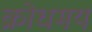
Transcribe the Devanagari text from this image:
क्रोधमय